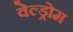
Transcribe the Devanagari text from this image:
वेल्ड्रोम